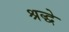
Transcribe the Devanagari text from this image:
श्रद्धे